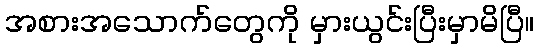
အစားအသောက်တွေကို မှားယွင်းပြီးမှာမိပြီ။